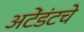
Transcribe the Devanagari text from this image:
अटेंडंटचे